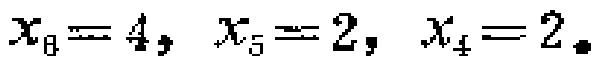
$x_{8}=4, x_{5}=2, x_{4}=2.$